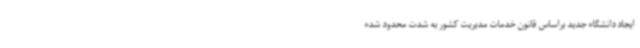
ایجاد دانشگاه جدید براساس قانون خدمات مدیریت کشور به شدت محدود شده